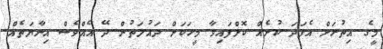
މީގެ އިތުރަށް އެފަދަ ކުށެއް ކޮށްފައިވާ މީހަކަށް ދައުލަތުން ދޭ އެއްވެސް އިނާޔަތެއް